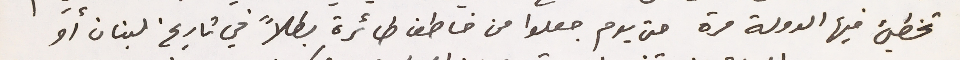
تخطيئ فيها الدولة مرة حتى يوم جعلوا من خاطف طائرة بطلاً في تاريخ لبنان أو